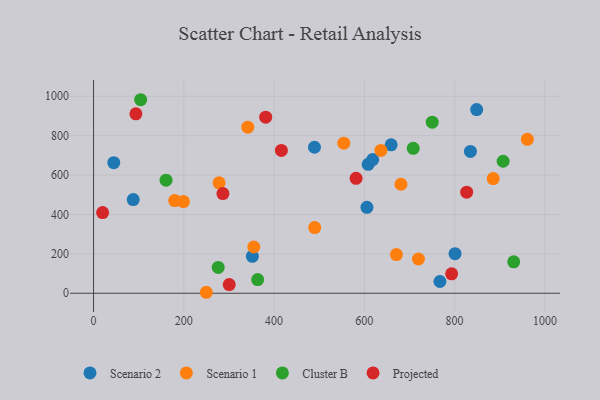
{"axis": {"x": "Investment", "y": "Exam Score"}, "legend": ["Cluster B", "Projected", "Scenario 1", "Scenario 2"], "data": [{"x": "351.8", "y": 187.5, "type": "Scenario 2"}, {"x": "659.4", "y": 753.4, "type": "Scenario 2"}, {"x": "608.5", "y": 654.3, "type": "Scenario 2"}, {"x": "44.8", "y": 662.8, "type": "Scenario 2"}, {"x": "605.7", "y": 436.1, "type": "Scenario 2"}, {"x": "618.4", "y": 678.5, "type": "Scenario 2"}, {"x": "87.9", "y": 475.7, "type": "Scenario 2"}, {"x": "848.8", "y": 932.2, "type": "Scenario 2"}, {"x": "835.0", "y": 719.9, "type": "Scenario 2"}, {"x": "767.4", "y": 59.6, "type": "Scenario 2"}, {"x": "800.9", "y": 201.1, "type": "Scenario 2"}, {"x": "489.5", "y": 741.0, "type": "Scenario 2"}, {"x": "636.7", "y": 725.0, "type": "Scenario 1"}, {"x": "179.8", "y": 470.3, "type": "Scenario 1"}, {"x": "490.0", "y": 333.6, "type": "Scenario 1"}, {"x": "961.2", "y": 781.4, "type": "Scenario 1"}, {"x": "885.5", "y": 582.0, "type": "Scenario 1"}, {"x": "199.2", "y": 465.3, "type": "Scenario 1"}, {"x": "278.1", "y": 560.3, "type": "Scenario 1"}, {"x": "249.8", "y": 5.0, "type": "Scenario 1"}, {"x": "719.8", "y": 173.8, "type": "Scenario 1"}, {"x": "355.1", "y": 234.7, "type": "Scenario 1"}, {"x": "671.0", "y": 196.1, "type": "Scenario 1"}, {"x": "341.7", "y": 842.8, "type": "Scenario 1"}, {"x": "554.5", "y": 761.8, "type": "Scenario 1"}, {"x": "681.1", "y": 553.3, "type": "Scenario 1"}, {"x": "930.9", "y": 159.3, "type": "Cluster B"}, {"x": "160.6", "y": 573.9, "type": "Cluster B"}, {"x": "907.5", "y": 670.1, "type": "Cluster B"}, {"x": "750.4", "y": 868.3, "type": "Cluster B"}, {"x": "276.2", "y": 130.9, "type": "Cluster B"}, {"x": "104.4", "y": 982.3, "type": "Cluster B"}, {"x": "708.3", "y": 735.4, "type": "Cluster B"}, {"x": "363.6", "y": 69.7, "type": "Cluster B"}, {"x": "20.1", "y": 409.3, "type": "Projected"}, {"x": "793.4", "y": 98.6, "type": "Projected"}, {"x": "286.6", "y": 506.2, "type": "Projected"}, {"x": "581.7", "y": 583.3, "type": "Projected"}, {"x": "416.2", "y": 724.9, "type": "Projected"}, {"x": "826.7", "y": 513.0, "type": "Projected"}, {"x": "381.4", "y": 893.8, "type": "Projected"}, {"x": "93.8", "y": 910.7, "type": "Projected"}, {"x": "300.6", "y": 44.2, "type": "Projected"}]}